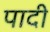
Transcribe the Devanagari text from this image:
पादी